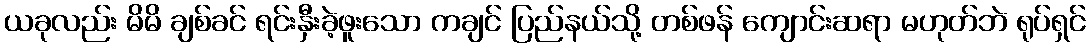
ယခုလည်း မိမိ ချစ်ခင် ရင်းနှီးခဲ့ဖူးသော ကချင် ပြည်နယ်သို့ တစ်ဖန် ကျောင်းဆရာ မဟုတ်ဘဲ ရုပ်ရှင်